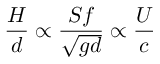
\frac { H } { d } \propto \frac { S f } { \sqrt { g d } } \propto \frac { U } { c }